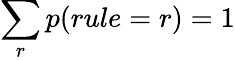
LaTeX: \sum_{r}p(rule=r)=1